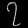
Digit: ၇